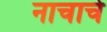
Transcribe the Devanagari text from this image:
नाचाचे